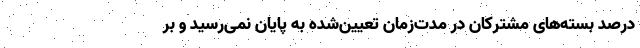
درصد بسته‌های مشترکان در مدت‌زمان تعیین‌شده به پایان نمی‌رسید و بر